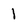
Character: I